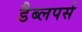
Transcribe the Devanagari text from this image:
डैब्लपर्स